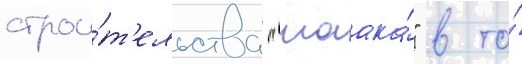
строи́т'ельства "маака́" в то́